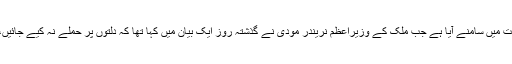
خیال رہے کہ مذکورہ حملے کا واقعہ ایسے وقت میں سامنے آیا ہے جب ملک کے وزیراعظم نریندر مودی نے گذشتہ روز ایک بیان میں کہا تھا کہ دلتوں پر حملے نہ کیے جائیں، جو ملک میں انتہائی تذلیل کا شکار رہتے ہیں۔